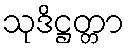
သုဒိဋ္ဌတ္တာ